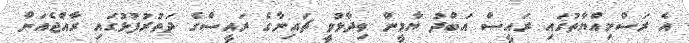
އެ ރަސްމިއްޔާތުގައި ރައީސް އަބްދު ޔާމީން ވިދާޅުވީ ޗައިނާގެ ރައީސްގެ ދަތުރުފުޅުގައި ރާއްޖެއަށް